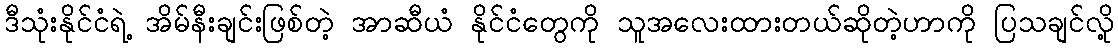
ဒီသုံးနိုင်ငံရဲ့ အိမ်နီးချင်းဖြစ်တဲ့ အာဆီယံ နိုင်ငံတွေကို သူအလေးထားတယ်ဆိုတဲ့ဟာကို ပြသချင်လို့